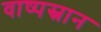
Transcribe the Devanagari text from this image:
वाष्पस्नान